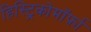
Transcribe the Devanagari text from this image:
हिस्ट्रिकोमॉर्फ़ा